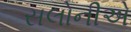
સલોનીએ